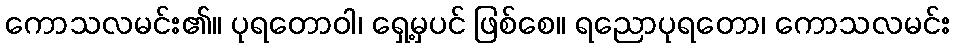
ကောသလမင်း၏။ ပုရတောဝါ၊ ရှေ့မှပင် ဖြစ်စေ။ ရညောပုရတော၊ ကောသလမင်း